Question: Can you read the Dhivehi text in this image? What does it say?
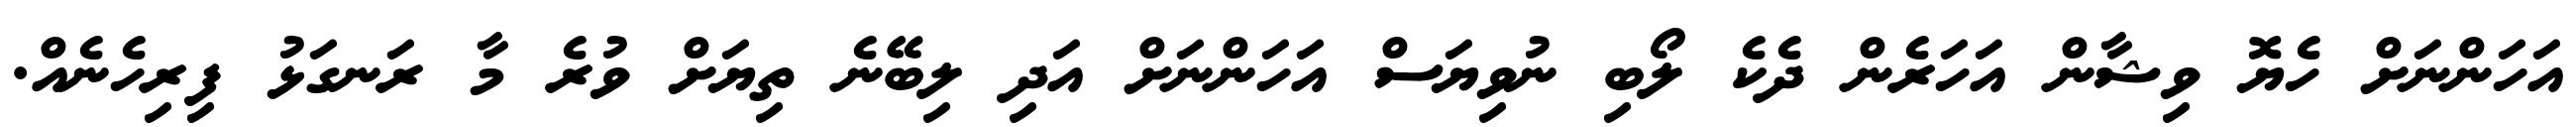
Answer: އަހަންނަށް ހެޔޮ ވިޝާން އަހަރެން ދެކެ ލޯބި ނުވިޔަސް އަހަންނަށް އަދި ލިބޭނެ ތިޔަށް ވުރެ މާ ރަނގަޅު ފިރިހެނެއް.